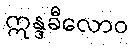
ဣန္ဒခီလောဝ